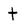
Character: t